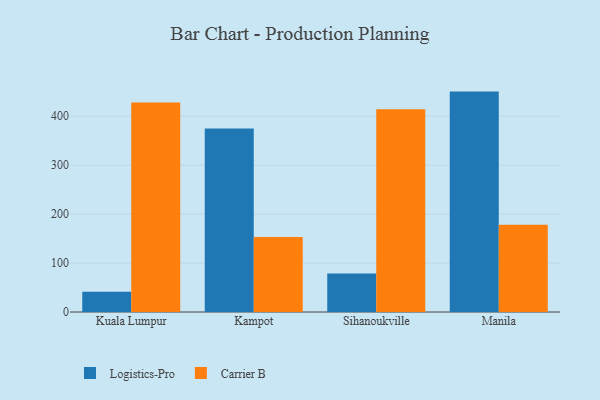
{"axis": {"x": "City", "y": "LTV (USD)"}, "legend": ["Carrier B", "Logistics-Pro"], "data": [{"x": "Kuala Lumpur", "y": 41.2, "type": "Logistics-Pro"}, {"x": "Kuala Lumpur", "y": 428.3, "type": "Carrier B"}, {"x": "Kampot", "y": 375.1, "type": "Logistics-Pro"}, {"x": "Kampot", "y": 153.3, "type": "Carrier B"}, {"x": "Sihanoukville", "y": 78.5, "type": "Logistics-Pro"}, {"x": "Sihanoukville", "y": 414.1, "type": "Carrier B"}, {"x": "Manila", "y": 450.4, "type": "Logistics-Pro"}, {"x": "Manila", "y": 178.1, "type": "Carrier B"}]}